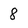
Character: 8